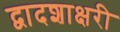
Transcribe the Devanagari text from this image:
द्वादशाक्षरी